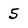
Character: 5